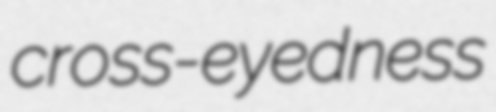
cross-eyedness